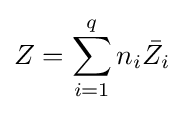
Z=\sum _{i=1}^{q}n_{i}{\bar {Z_{i}}}